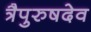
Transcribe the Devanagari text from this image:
त्रैपुरुषदेव